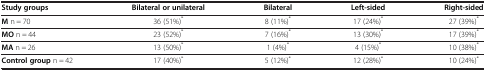
| Study groups | Bilateral or unilateral | Bilateral | Left-sided | Right-sided |
 | --- | --- | --- | --- | --- |
 | M n = 70 | 36 (51%)* | 8 (11%)* | 17 (24%)* | 27 (39%)* |
 | MO n = 44 | 23 (52%)* | 7 (16%)* | 13 (30%)* | 17 (39%)* |
 | MA n = 26 | 13 (50%)* | 1 (4%)* | 4 (15%)* | 10 (38%)* |
 | Control group n = 42 | 17 (40%)* | 5 (12%)* | 12 (28%)* | 10 (24%)* |